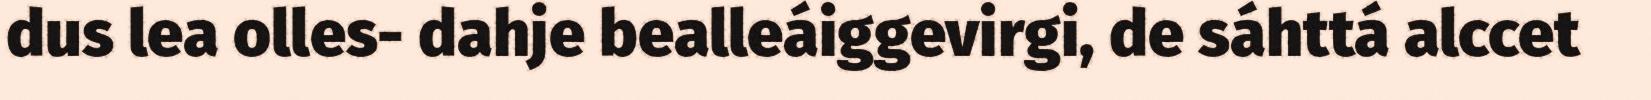
dus lea olles- dahje bealleáiggevirgi, de sáhttá alccet